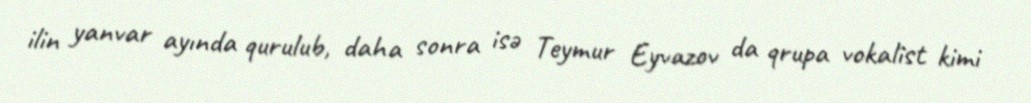
ilin yanvar ayında qurulub, daha sonra isə Teymur Eyvazov da qrupa vokalist kimi